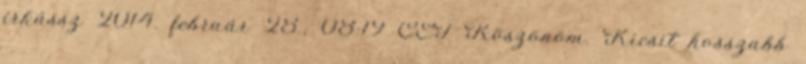
írkássz 2014. február 28., 08:19 CET Köszönöm. Kicsit hosszabb